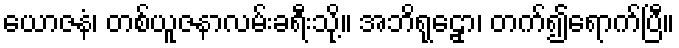
ယောဇနံ၊ တစ်ယူဇနာလမ်းခရီးသို့။ အဘိရုဠှော၊ တက်၍ရောက်ပြီ။